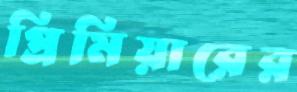
প্রিমিয়ারের